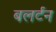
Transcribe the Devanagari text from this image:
बलर्टन